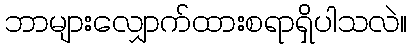
ဘာများလျှောက်ထားစရာရှိပါသလဲ။